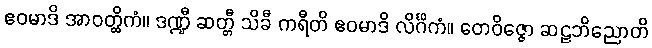
ဧဝမာဒိ အာဝတ္ထိကံ။ ဒဏ္ဍီ ဆတ္တီ သိခီ ကရီတိ ဧဝမာဒိ လိင်္ဂိကံ။ တေဝိဇ္ဇော ဆဠဘိညောတိ